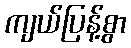
ကျယ်ပြန့်စွာ